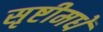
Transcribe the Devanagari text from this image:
सृष्टीमधें